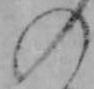
の